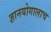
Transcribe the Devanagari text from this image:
ज्ञानयोगालाच